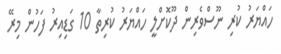
ހައްޔަރު ކުރި ނޫސްވެރިން ދޫކޮށްލީ ހައްޔަރު ކުރިތާ 10 ގަޑިއިރު ފަހުން މިރޭ